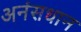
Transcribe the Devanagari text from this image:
अनंसधान